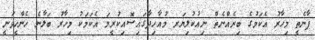
ފާނެތީ މިހާރު އެކަމުގެ ބިރެއްނެތް ނިއުކުލިޔަރ މުއާހިދާގައިސޮއިކުރީމަ އެކަމަކު މިހާރު ބަލާނެ ހެންހީވަނީ